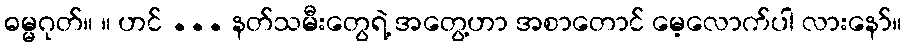
ဓမ္မဂုတ်။ ။ ဟင် ... နတ်သမီးတွေရဲ့ အတွေ့ဟာ အစာတောင် မေ့လောက်ပါ လားနော်။